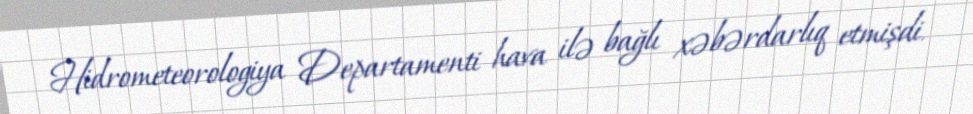
Hidrometeorologiya Departamenti hava ilə bağlı xəbərdarlıq etmişdi.